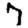
Digit: 7